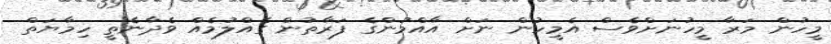
މީހުން މަރާ މީހުނަށްވެސް އެމީހުން ނަށް އާއްމުންގެ ފަރާތުން ގެއްލުމެއް ވެދާނެތީ ހިމާޔަތް